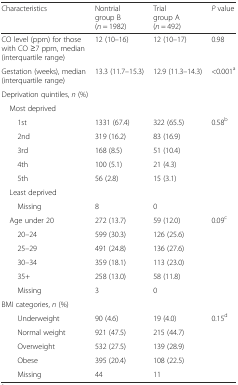
<table><thead><tr><td><b>Characteristics</b></td><td><b>Nontrial group B (<i>n</i> = 1982)</b></td><td><b>Trial group A (<i>n</i> = 492)</b></td><td><b><i>P</i> value</b></td></tr></thead><tbody><tr><td>CO level (ppm) for those with CO ≥7 ppm, median (interquartile range)</td><td>12 (10–16)</td><td>12 (10–17)</td><td>0.98</td></tr><tr><td>Gestation (weeks), median (interquartile range)</td><td>13.3 (11.7–15.3)</td><td>12.9 (11.3–14.3)</td><td>&lt;0.001<sup>a</sup></td></tr><tr><td colspan="4">Deprivation quintiles, <i>n</i> (%)</td></tr><tr><td colspan="4"> Most deprived</td></tr><tr><td>1st</td><td>1331 (67.4)</td><td>322 (65.5)</td><td>0.58<sup>b</sup></td></tr><tr><td>2nd</td><td>319 (16.2)</td><td>83 (16.9)</td><td></td></tr><tr><td>3rd</td><td>168 (8.5)</td><td>51 (10.4)</td><td></td></tr><tr><td>4th</td><td>100 (5.1)</td><td>21 (4.3)</td><td></td></tr><tr><td>5th</td><td>56 (2.8)</td><td>15 (3.1)</td><td></td></tr><tr><td colspan="4"> Least deprived</td></tr><tr><td>Missing</td><td>8</td><td>0</td><td></td></tr><tr><td> Age under 20</td><td>272 (13.7)</td><td>59 (12.0)</td><td rowspan="6">0.09<sup>c</sup></td></tr><tr><td>20–24</td><td>599 (30.3)</td><td>126 (25.6)</td></tr><tr><td>25–29</td><td>491 (24.8)</td><td>136 (27.6)</td></tr><tr><td>30–34</td><td>359 (18.1)</td><td>113 (23.0)</td></tr><tr><td>35+</td><td>258 (13.0)</td><td>58 (11.8)</td></tr><tr><td>Missing</td><td>3</td><td>0</td></tr><tr><td colspan="4">BMI categories, <i>n</i> (%)</td></tr><tr><td>Underweight</td><td>90 (4.6)</td><td>19 (4.0)</td><td rowspan="5">0.15<sup>d</sup></td></tr><tr><td>Normal weight</td><td>921 (47.5)</td><td>215 (44.7)</td></tr><tr><td>Overweight</td><td>532 (27.5)</td><td>139 (28.9)</td></tr><tr><td>Obese</td><td>395 (20.4)</td><td>108 (22.5)</td></tr><tr><td>Missing</td><td>44</td><td>11</td></tr></tbody></table>